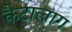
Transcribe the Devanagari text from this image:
कैटालाग